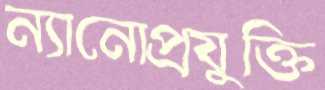
ন্যানোপ্রযুক্তি